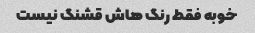
خوبه فقط رنگ هاش قشنگ نیست